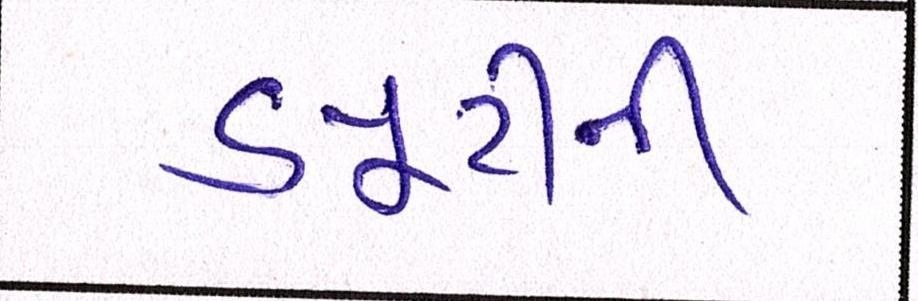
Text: ડયુટીની